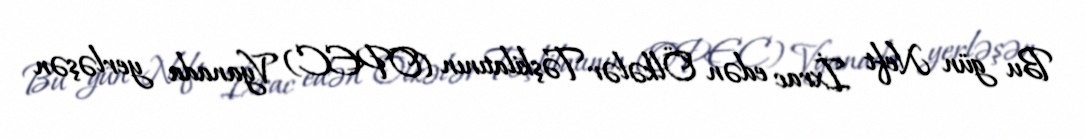
Bu gün Neft İxrac edən Ölkələr Təşkilatının (OPEC) Vyanada yerləşən